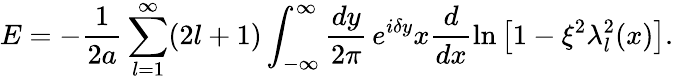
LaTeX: E=-\frac 1{2a}\sum_{l=1}^{\infty}(2l+1)\int_{-\infty}^{\infty}\frac{dy}{2\pi}\, e^{i\delta y}x\frac d{dx}\ln\left[1-\xi^{2}\lambda_{l}^{2}(x)\right].